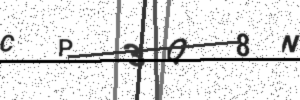
Text: CP3Q8N